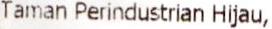
TAMAN PERINDUSTRIAN HIJAU,